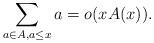
LaTeX: \begin{align*} \sum_{a\in A, a\leq x} a = o(xA(x)) . \end{align*}